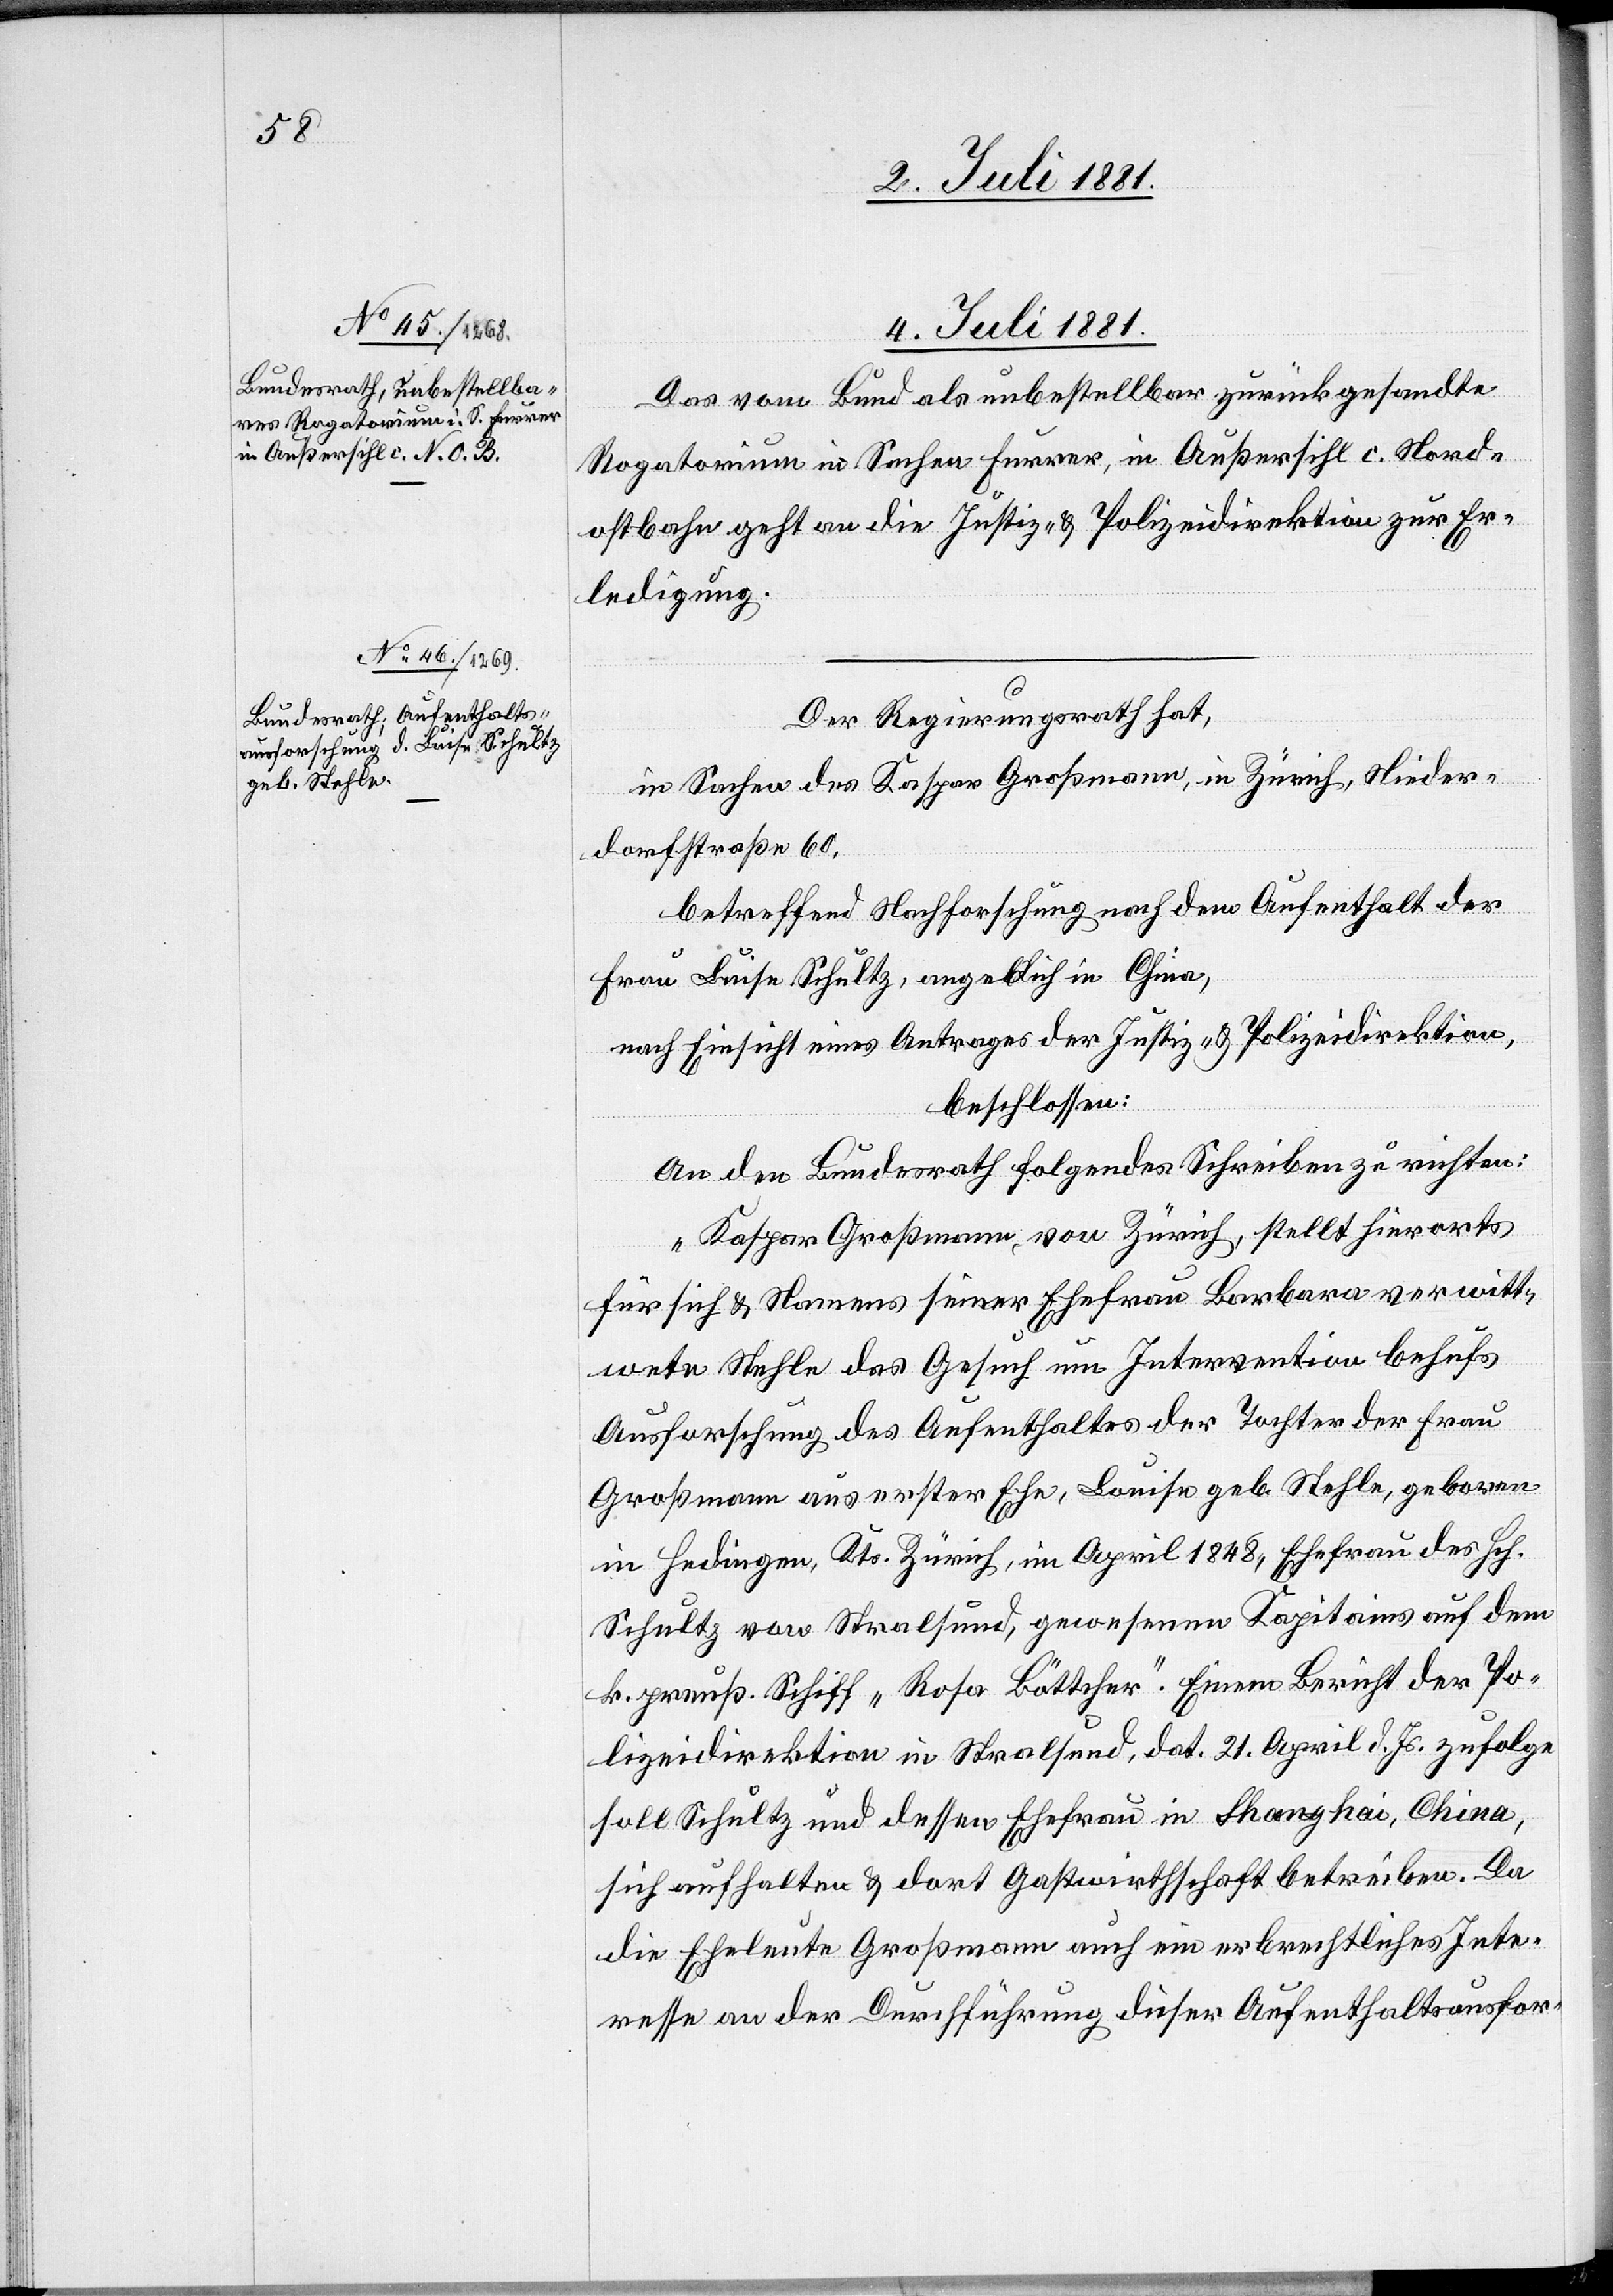
4. Juli 1881.]
Das vom Bund als unbestellbar zurückgesandte
Rogatorium in Sachen Furrer, in Außersihl c. Nord¬
ostbahn geht an die Justiz- & Polizeidirektion zur Er¬
ledigung.
Der Regierungsrath hat,
in Sachen des Kaspar Großmann, in Zürich, Nieder¬
dorfstraße 60,
betreffend Nachforschung nach dem Aufenthalt der
Frau Luise Schultz, angeblich in China,
nach Einsicht eines Antrages der Justiz- & Polizeidirektion,
beschlossen:
An den Bundesrath folgendes Schreiben zu richten:
„Kaspar Großmann, von Zürich, stellt hierorts
für sich & Namens seiner Ehefrau Barbara verwitt¬
wete Stehle das Gesuch um Intervention behufs
Ausforschung des Aufenthaltes der Tochter der Frau
Großmann aus erster Ehe, Louise geb. Stehle, geboren
in Hedingen, Kts. Zürich, im April 1848, Ehefrau des Hch.
Schultz von Stralsund, gewesenen Kapitains auf dem
k. preuß. Schiff „Rosa Böttcher“. Einem Bericht der Po¬
lizeidirektion in Stralsund, dat. 21. April d. Js. zufolge
soll Schultz und dessen Ehefrau in Shanghai, China,
sich aufhalten & dort Gastwirtschaft betreiben. Da
die Eheleute Großmann auch ein erbrechtliches Inte¬
resse an der Durchführung dieser Aufenthaltsausfor-